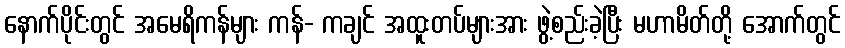
နောက်ပိုင်းတွင် အမေရိကန်များ ကန်- ကချင် အထူးတပ်များအား ဖွဲ့စည်းခဲ့ပြီး မဟာမိတ်တို့ အောက်တွင်